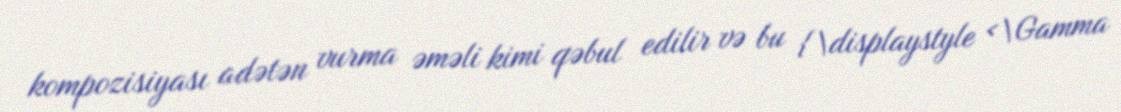
kompozisiyası adətən vurma əməli kimi qəbul edilir və bu {\displaystyle <\Gamma